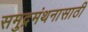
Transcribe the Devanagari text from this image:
समुद्रमंथनासाठी